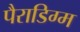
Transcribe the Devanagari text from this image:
पैराडिग्म